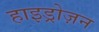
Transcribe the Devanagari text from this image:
हाइड्रोज़न